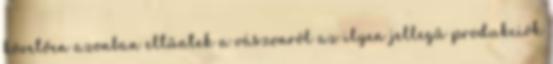
követően azonban eltűntek a vászonról az ilyen jellegű produkciók